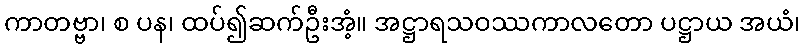
ကာတဗ္ဗာ၊ စ ပန၊ ထပ်၍ဆက်ဦးအံ့။ အဋ္ဌာရသဝဿကာလတော ပဋ္ဌာယ အယံ၊